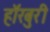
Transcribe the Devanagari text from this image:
हॉरबुरी